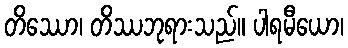
တိဿော၊ တိဿဘုရားသည်။ ပါရမီယော၊